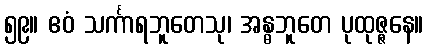
၅၉။ ဧဝံ သင်္ကာရဘူတေသု၊ အန္ဓဘူတေ ပုထုဇ္ဇနေ။